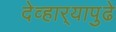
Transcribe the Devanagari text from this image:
देव्हार्‍यापुढे